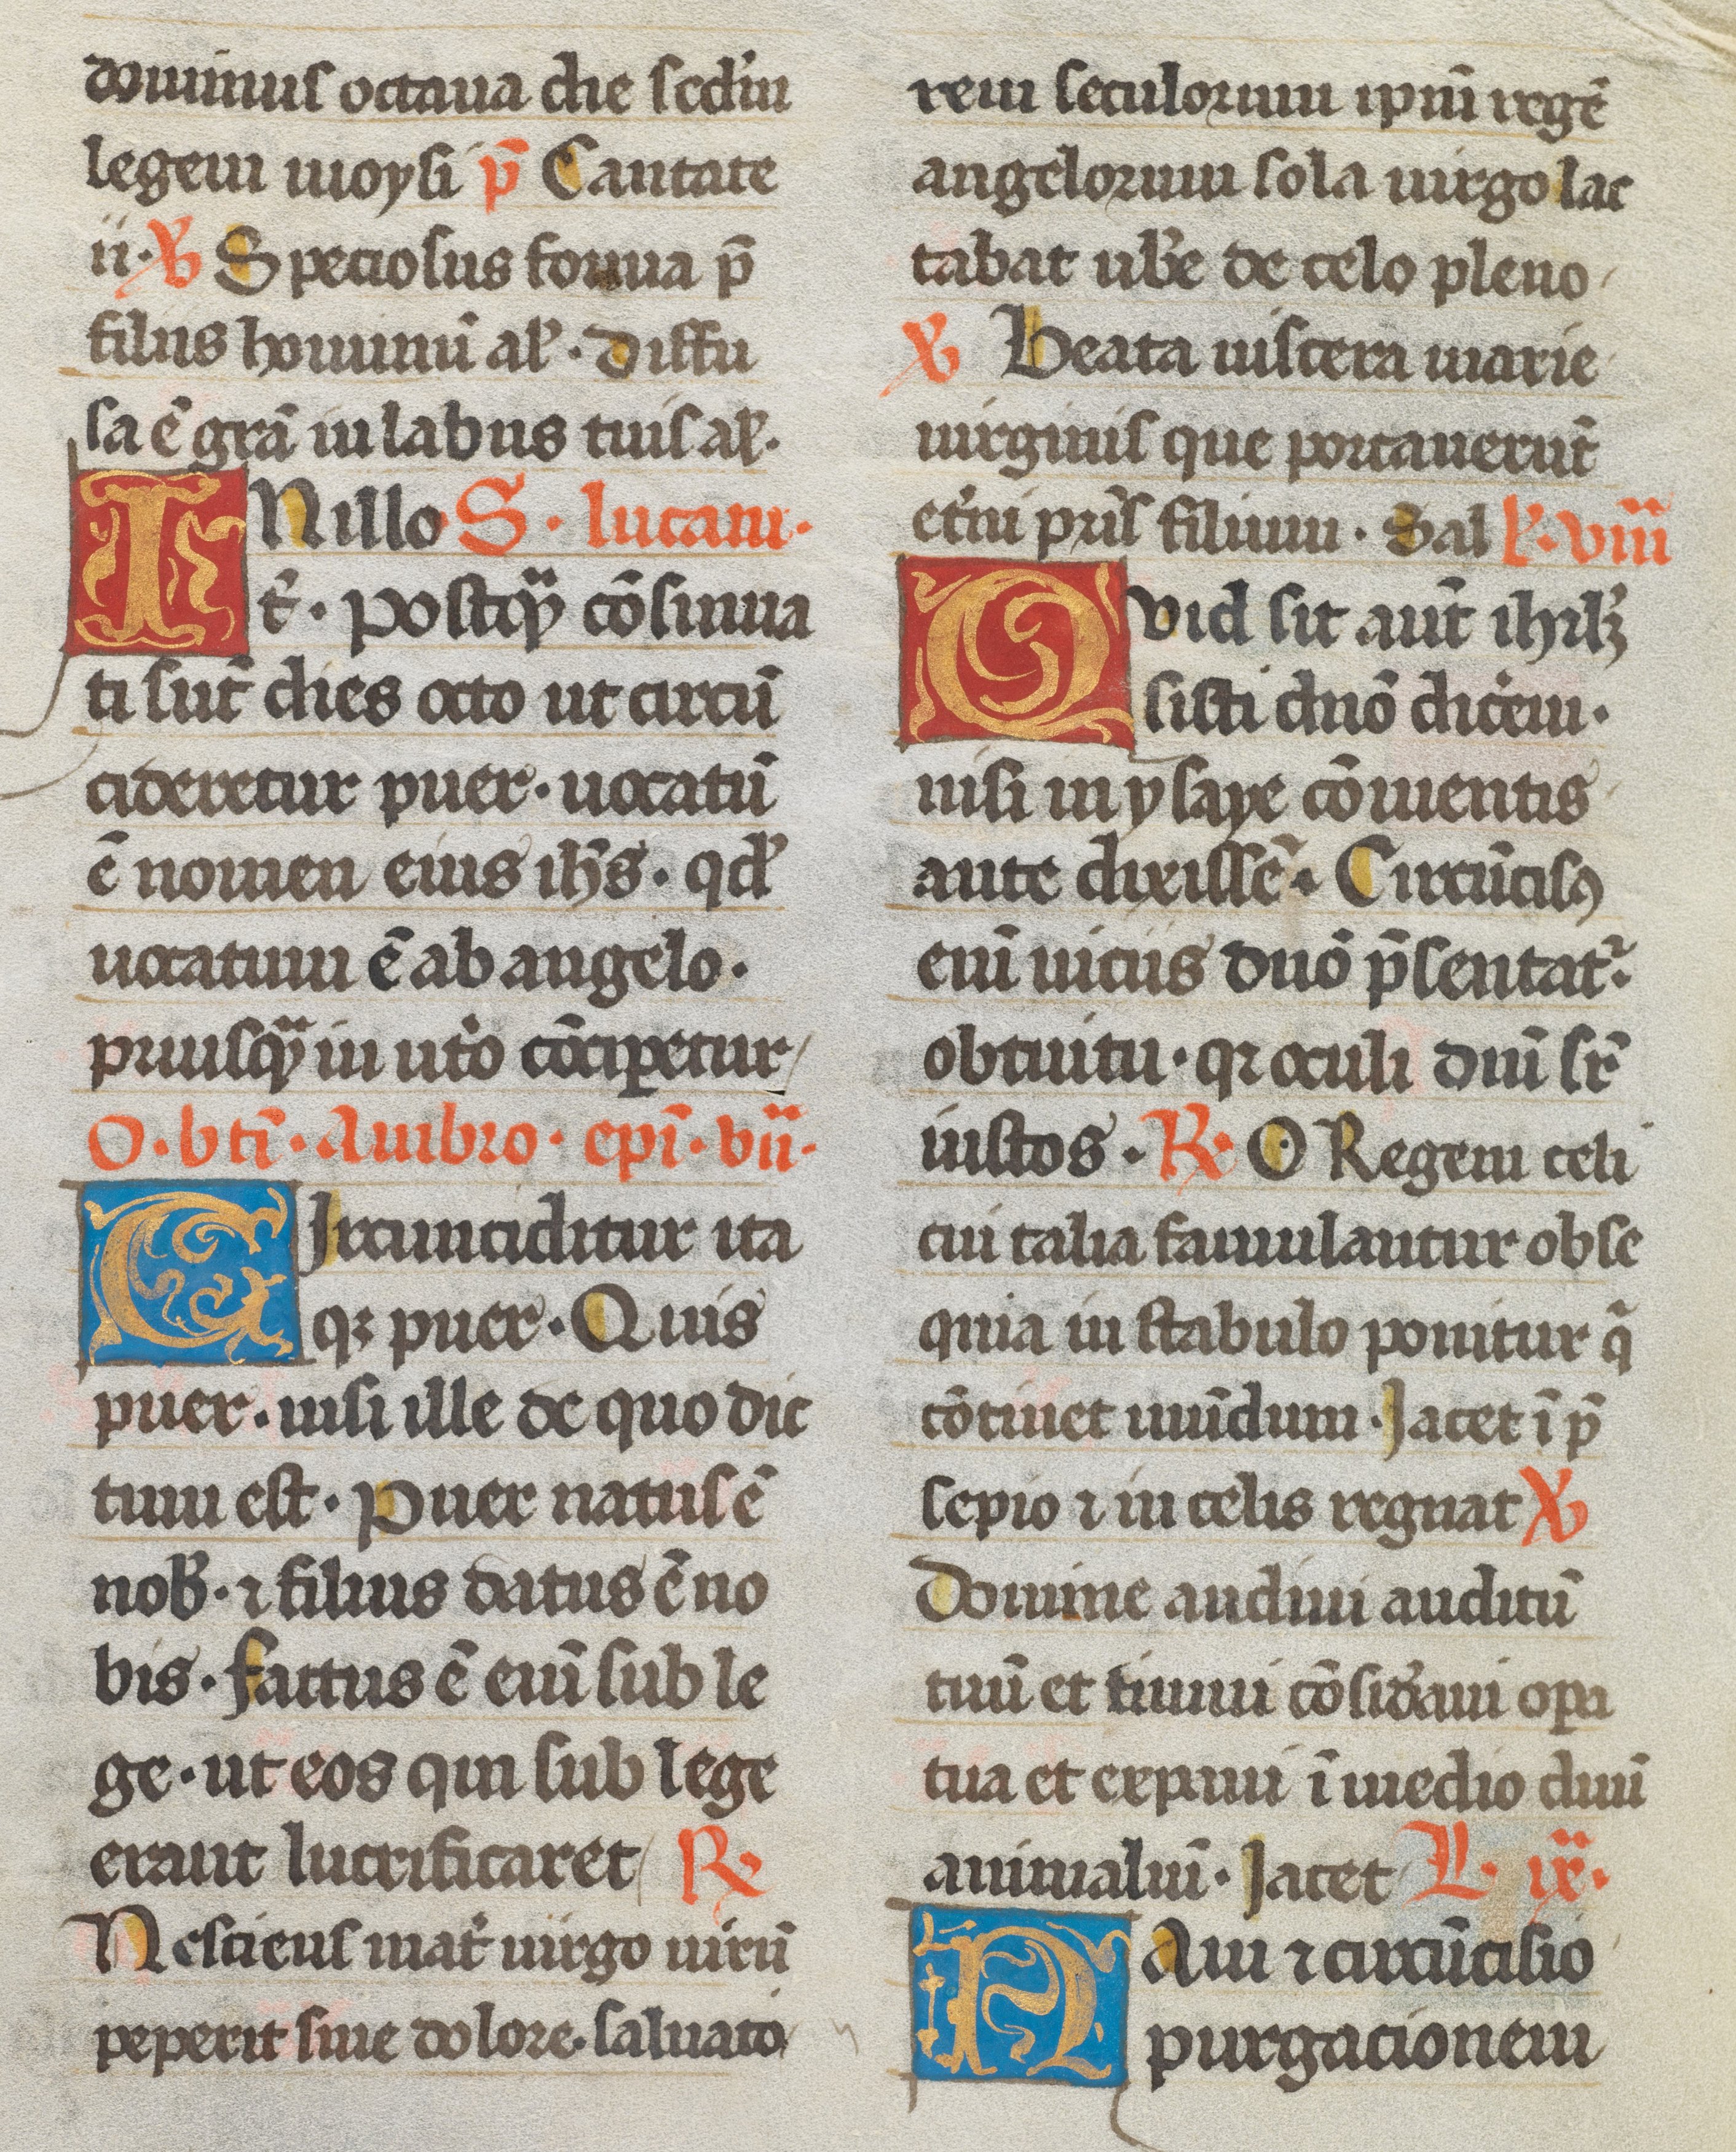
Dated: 1493–1493